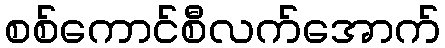
စစ်ကောင်စီလက်အောက်